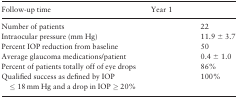
<table><thead><tr><td><b>Follow-up time</b></td><td><b>Year 1</b></td><td>[EMPTY_CELL]</td></tr></thead><tbody><tr><td>Number of patients</td><td>[EMPTY_CELL]</td><td>22</td></tr><tr><td>Intraocular pressure (mm Hg)</td><td>[EMPTY_CELL]</td><td>11.9 ± 3.7</td></tr><tr><td>Percent IOP reduction from baseline</td><td>[EMPTY_CELL]</td><td>50</td></tr><tr><td>Average glaucoma medications/patient</td><td>[EMPTY_CELL]</td><td>0.4 ± 1.0</td></tr><tr><td>Percent of patients totally off of eye drops</td><td>[EMPTY_CELL]</td><td>86%</td></tr><tr><td>Qualified success as defined by IOP ≤ 18 mm Hg and a drop in IOP ≥ 20%</td><td>[EMPTY_CELL]</td><td>100%</td></tr></tbody></table>